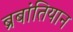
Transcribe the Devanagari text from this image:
ब्रबांतियान